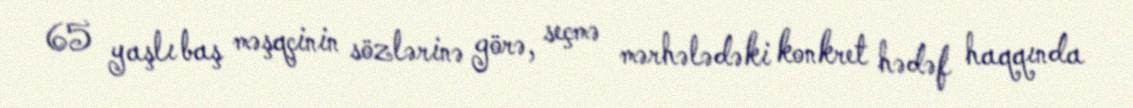
65 yaşlı baş məşqçinin sözlərinə görə, seçmə mərhələdəki konkret hədəf haqqında